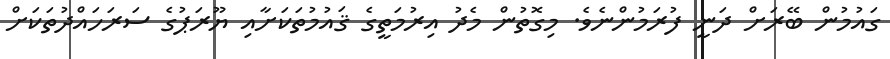
ގައުމުން ބޭރަށް ދަނީ ފުރަމުންނެވެ. މިގޮތުން މެދު އިރުމަތީގެ ޤައުމުތަކަށާއި ޔޫރަޕުގެ ސަރަހައްދުތަކަށް